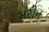
સરીન